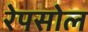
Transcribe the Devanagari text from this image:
रेपसोल